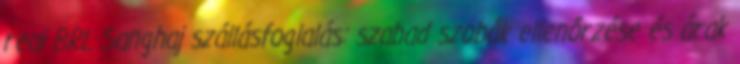
real BRL Sanghaj szállásfoglalás: szabad szobák ellenőrzése és árak